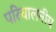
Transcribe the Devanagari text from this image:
परिचालनीय